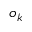
o _ { k }